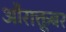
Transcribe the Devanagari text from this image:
औराक्तूबर